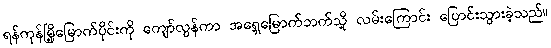
ရန်ကုန်မြို့မြောက်ပိုင်းကို ကျော်လွန်ကာ အရှေ့မြောက်ဘက်သို့ လမ်းကြောင်း ပြောင်းသွားခဲ့သည်။